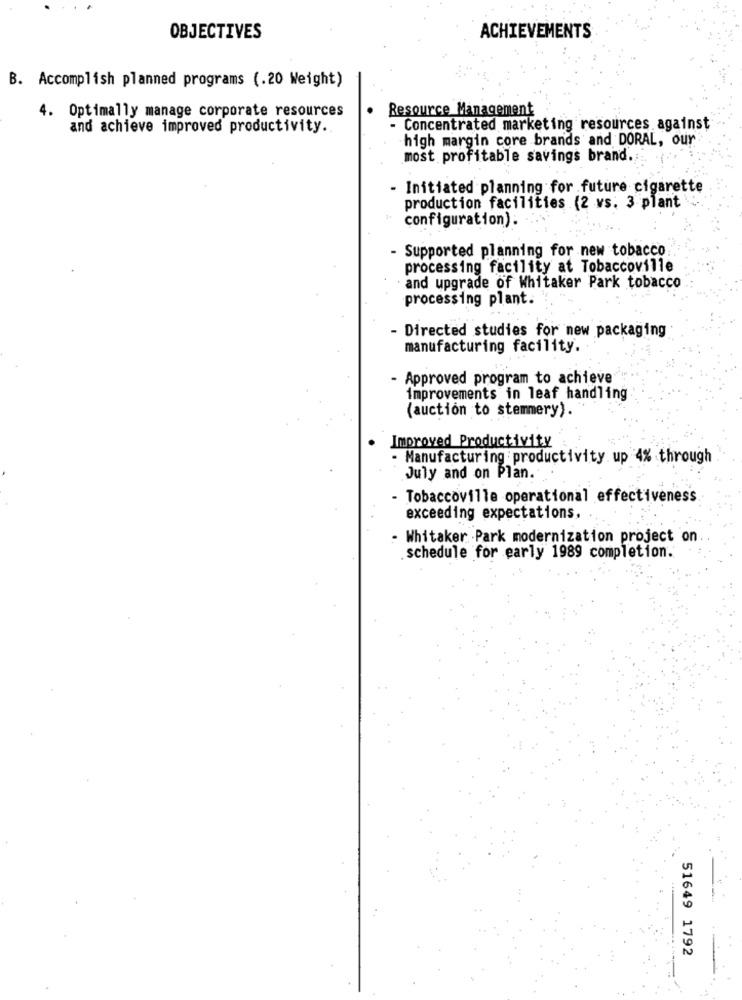
OBJECTIVES
ACHIEVEMENTS
B. Accomplish planned programs (.20 Weight)
4. Optimally manage corporate resources
Resource Management
and achieve improved productivity.
- Concentrated marketing resources against
high margin core brands and DORAL, our
most profitable savings brand.
- Initiated planning for future cigarette
production facilities (2 vs. 3 plant
configuration).
- Supported planning for new tobacco
processing facility at Tobaccoville
and upgrade of Whitaker Park tobacco
processing plant.
- Directed studies for new packaging
manufacturing facility.
- Approved program to achieve
improvements in leaf handling
(auction to stemmery).
Improved Productivity
Manufacturing productivity up 4% through
July and on Plan.
- Tobaccoville operational effectiveness
exceeding expectations.
- Whitaker ·Park modernization project on.
schedule for early 1989 completion.
51649 1792